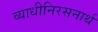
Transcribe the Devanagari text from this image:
व्याधीनिरसनार्थ